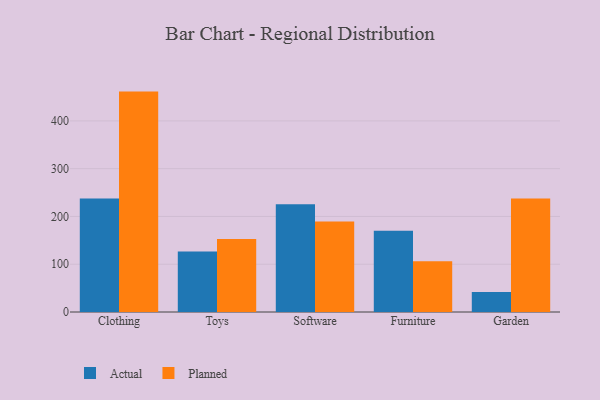
{"axis": {"x": "Category", "y": "Budget (USD K)"}, "legend": ["Actual", "Planned"], "data": [{"x": "Clothing", "y": 237.4, "type": "Actual"}, {"x": "Clothing", "y": 461.3, "type": "Planned"}, {"x": "Toys", "y": 126.5, "type": "Actual"}, {"x": "Toys", "y": 152.7, "type": "Planned"}, {"x": "Software", "y": 225.5, "type": "Actual"}, {"x": "Software", "y": 189.6, "type": "Planned"}, {"x": "Furniture", "y": 170.0, "type": "Actual"}, {"x": "Furniture", "y": 106.2, "type": "Planned"}, {"x": "Garden", "y": 41.6, "type": "Actual"}, {"x": "Garden", "y": 237.8, "type": "Planned"}]}